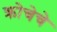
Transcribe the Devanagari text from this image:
क्रोचेचे